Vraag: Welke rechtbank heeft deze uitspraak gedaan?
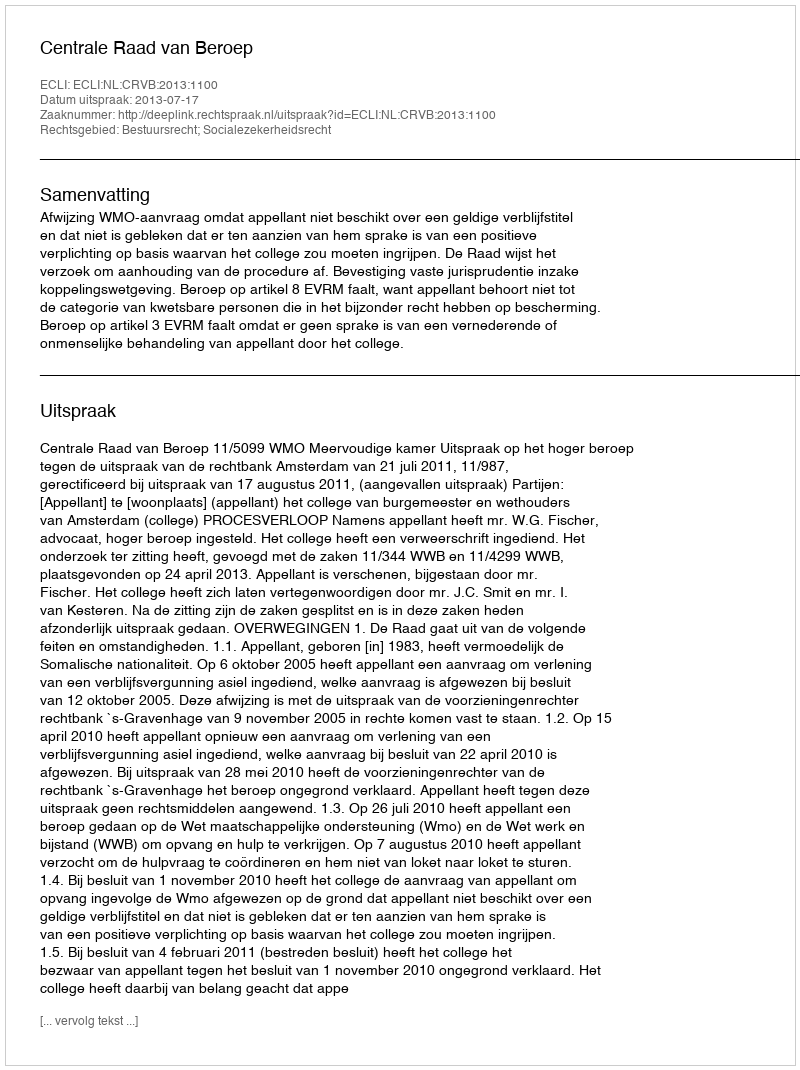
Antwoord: Centrale Raad van Beroep